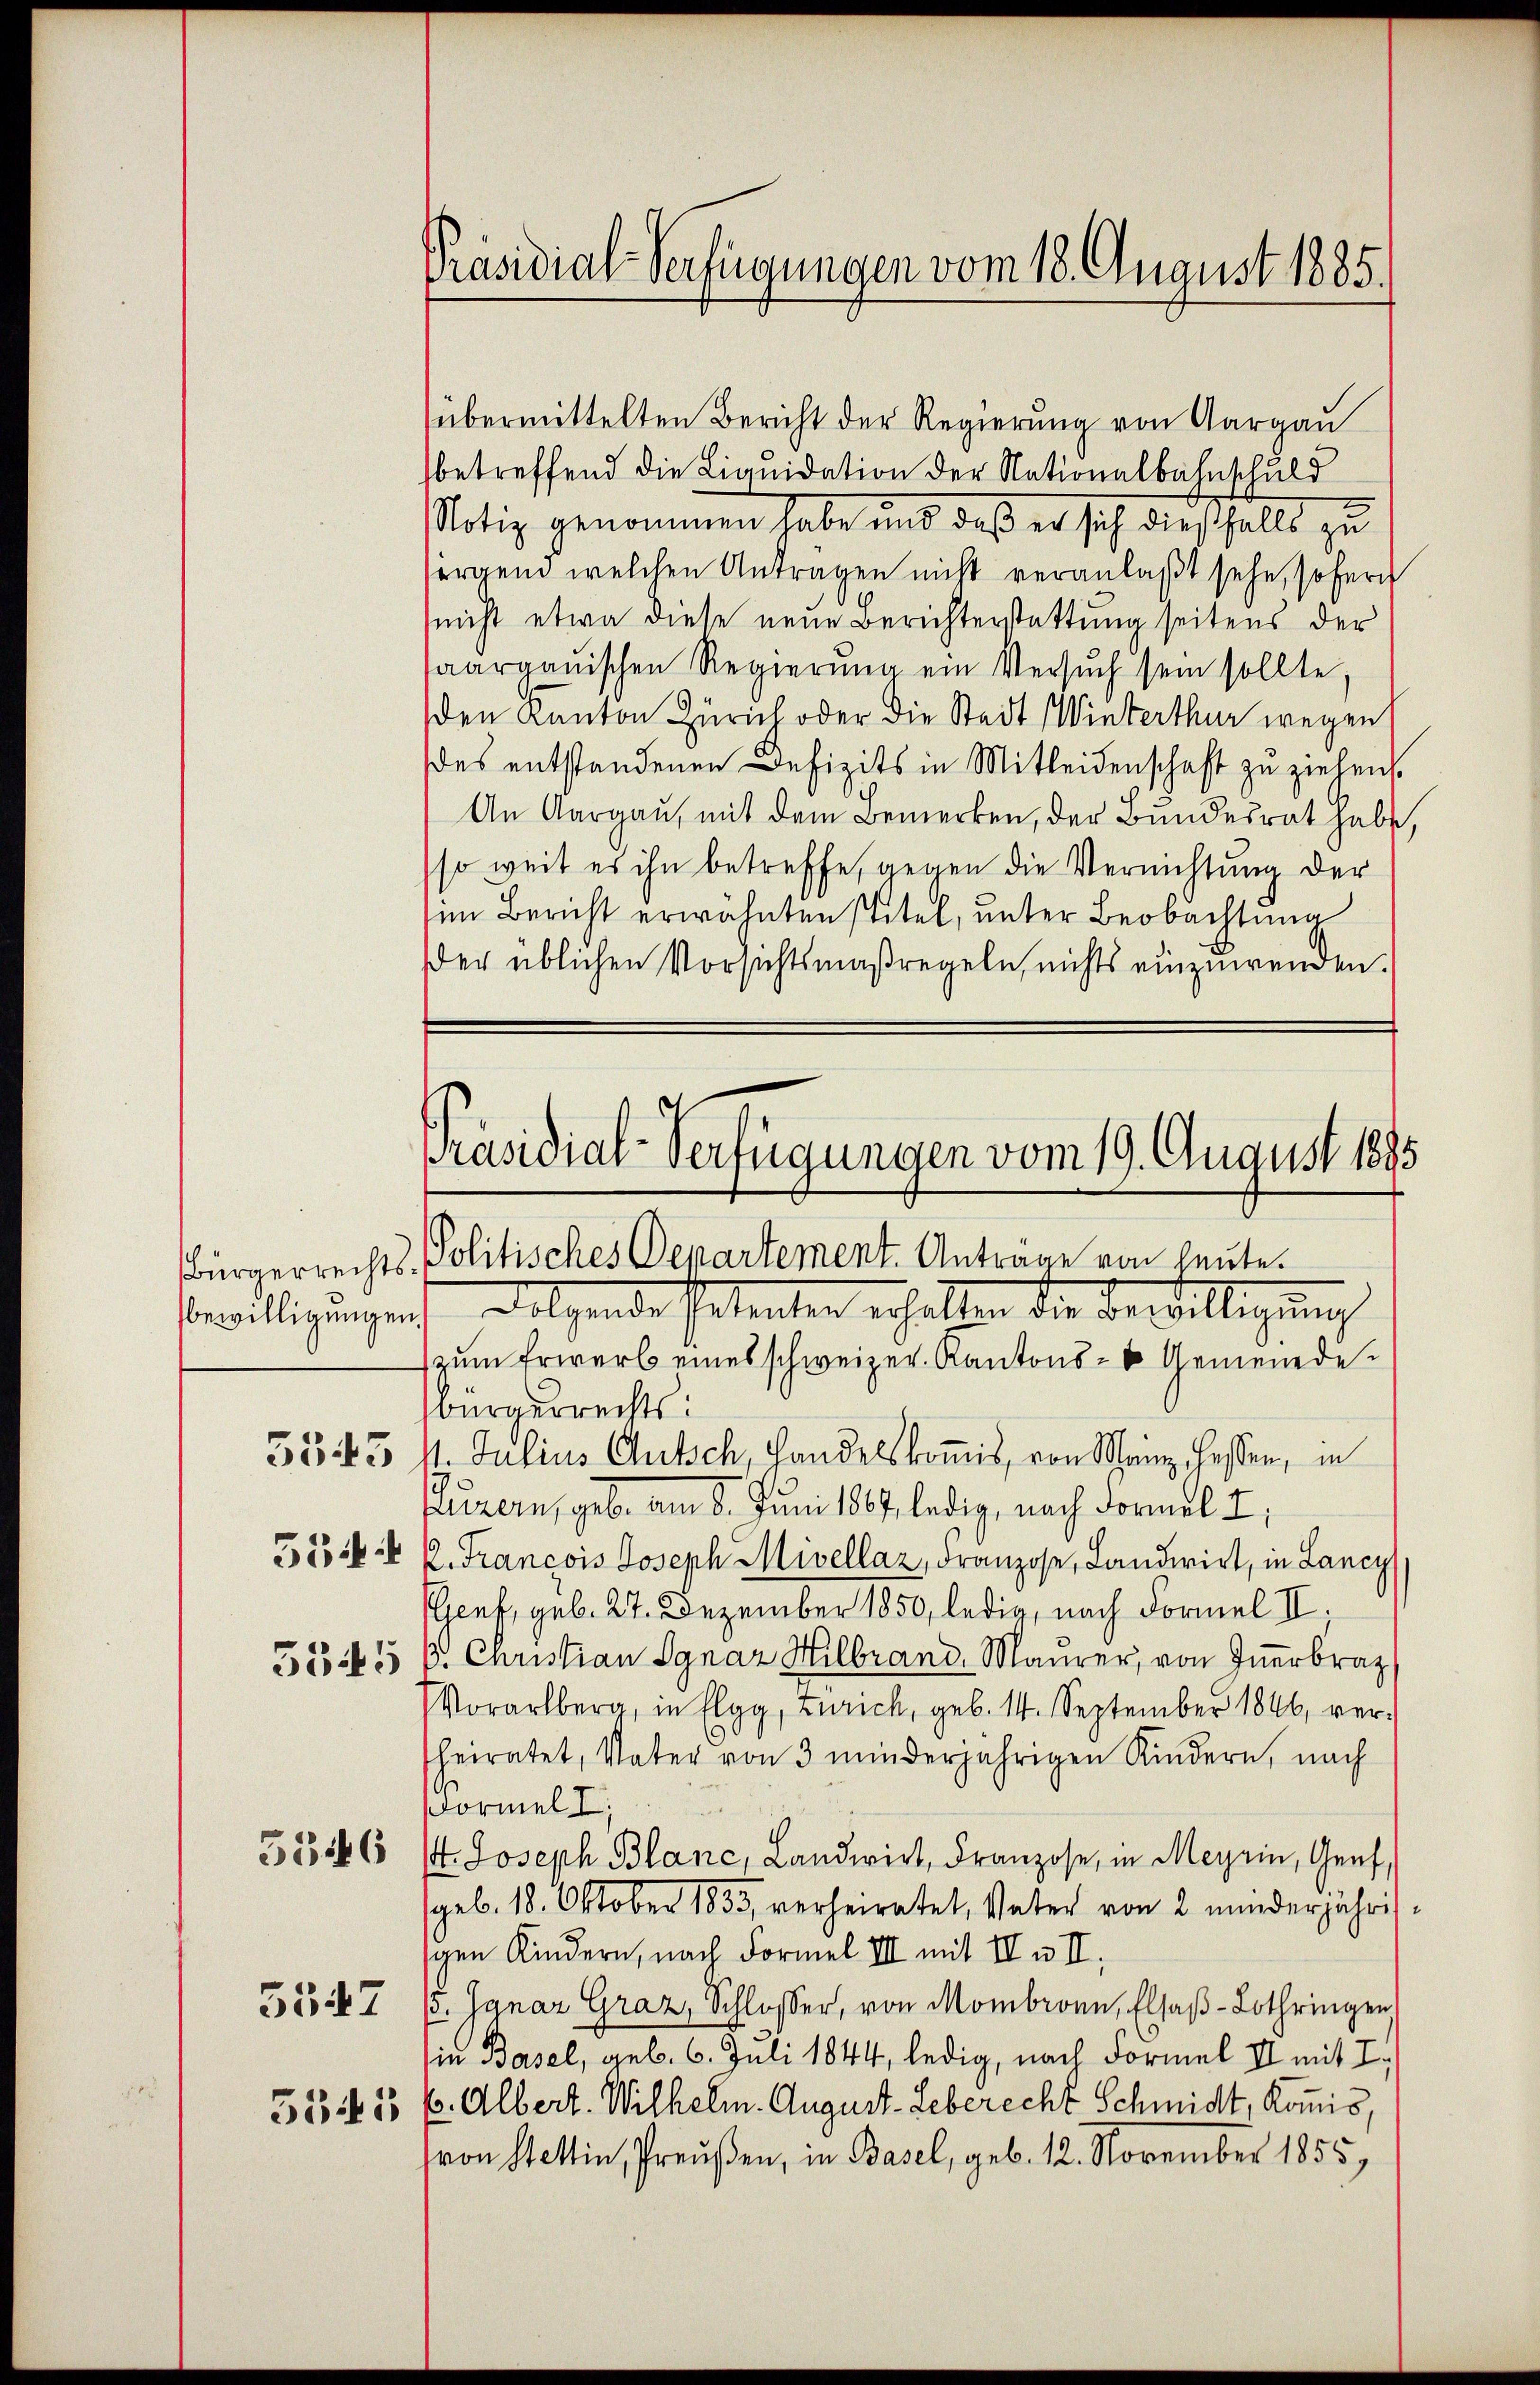
Bürgerrechts
bewilligungen
534 f
5545

5543

5546

5547

3341

Präsidial-Verfügungen vom 18. August 1885.

übermittelten Bericht der Regierung von Aargau
betreffend die Liquidation der Nationalbahnschuld
Notiz genommen habe und daß er sich diesfalls zu
sergend welchen Antragen nicht veranlaßt sehe, sofern
nicht etwa diese neue Berichterstattung seitens der
saarganischen Regierung ein Versuch sein sollte,
den Kanton Zürich oder die Stadt Winterthur wegen
des entstandenen Defizits in Mitleidenschaft zu ziehen.
An Aargau, mit dem Bemerken, der Bundesrat habe,
so weit es ihn betreffe, gegen die Vernichtung der
im Bericht erwähnten stitel, unter Beobachtung
er üblichen Vorsichtsmaßregeln, nichts einzuwenden.

Präsidial-Verfügungen vom 19. August 1885
Politisches Departement. Antrage von heute.
h Folgende Petenten erhalten die Verwilligung

zŭm Erwerb eines schweizer. Kantons- u Gemeindebürgerrechts:
1. Julius Gutsch, Handelskommis, von Manz, Hessen, in
Luzern, geb. am 8. Juni 1887 ledig, nach Formel z
2. Francois Joseph Mivellaz, Franzose, Landwirt, in Lancy
Genf, geb. 27. Dezember 1850, ledig, nach Formel II.
. Christian Ignaz Hilbrand, Maurer, von Inerbra
Vorarlbera, in Elgg, Zürich, geb. 14. September 1846, verheiratet, Vater von 3 minderjährigen Kindern, nach
Formel I
. Joseph Blanc, Landwirt, Franzose, in Meyrin, Genf,
geb. 18. Oktober 1835 verheiratet, Vater von 2 minderjährig
schen Kindern, nach Formel III mit II u. I.
(. Ignaz Graz, Schlosser, von Mombronn, Elsaβ-Lothringen
in Basel, geb. 6. Juli 1844, ledig, nach Formel II mit I.
E. Albert. Wilhelm. August-Leberecht Schmidt, Komis,
von Stettin, Preußen, in Basel, geb. 12. November 1855,